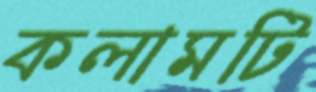
কলামটি